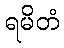
ရမိတံ